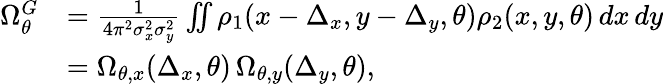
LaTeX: \begin{array}{rl}{\Omega_{\theta}^{G}}&{=\frac{1}{4\pi^{2}\sigma_{x}^{2}\sigma_{y}^{2}}\iint\rho_{1}(x-\Delta_{x},y-\Delta_{y},\theta)\rho_{2}(x,y,\theta)\, dx\, dy}\\ &{=\Omega_{\theta,x}(\Delta_{x},\theta)\, \Omega_{\theta,y}(\Delta_{y},\theta),}\end{array}